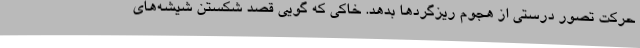
حرکت تصور درستی از هجوم ریزگردها بدهد. خاکی که گویی قصد شکستن شیشه‌های